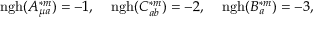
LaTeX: \mathrm { n g h } ( A _ { \mu a } ^ { \ast m } ) = - 1 , \; \; \; \; \mathrm { n g h } ( C _ { a b } ^ { \ast m } ) = - 2 , \; \; \; \; \mathrm { n g h } ( B _ { a } ^ { \ast m } ) = - 3 ,